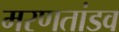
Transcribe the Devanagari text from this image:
मरणतांडव